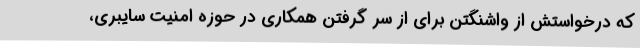
که درخواستش از واشنگتن برای از سر گرفتن همکاری در حوزه امنیت سایبری،